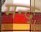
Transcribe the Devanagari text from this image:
मन्द्